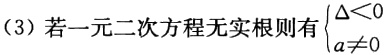
（3）若一元二次方程无实根则\(\begin{cases}\Delta<0\\a\neq0\end{cases}\)